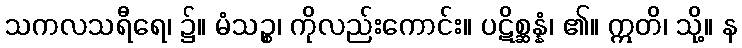
သကလသရီရေ၊ ၌။ မံသဉ္စ၊ ကိုလည်းကောင်း။ ပဋိစ္ဆန္နံ၊ ၏။ ဣတိ၊ သို့။ န